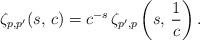
LaTeX: \begin{align*}\zeta_{p,p^{\prime}}(s,\,c)=c^{-s}\,\zeta_{p^{\prime},p}\left(s,\,\frac{1}{c}\right).\end{align*}